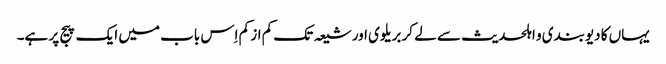
یہاں کا دیوبندی و اہلحدیث سے لے کر بریلوی اور شیعہ تک کم از کم اِس باب میں ایک پیج پر ہے۔